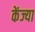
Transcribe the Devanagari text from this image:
केंज्या